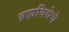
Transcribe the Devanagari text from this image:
ब्रह्मविद्येचे